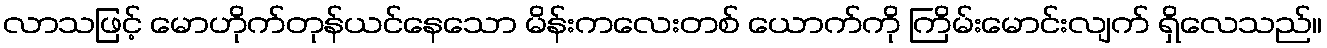
လာသဖြင့် မောဟိုက်တုန်ယင်နေသော မိန်းကလေးတစ် ယောက်ကို ကြိမ်းမောင်းလျက် ရှိလေသည်။